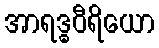
အာရဒ္ဓဝီရိယော